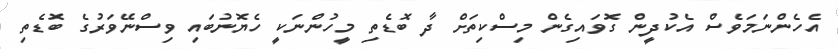
އެހެންނަމަވެސް އެކުދީން ގޮވައިގެން މިސްކިތަށް ދާ ބޮޑެތި މީހުންނަކީ ހެޔޮނުބައި ވިސްނޭވަރުގެ ބޮޑެތި